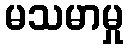
မသမာမှု